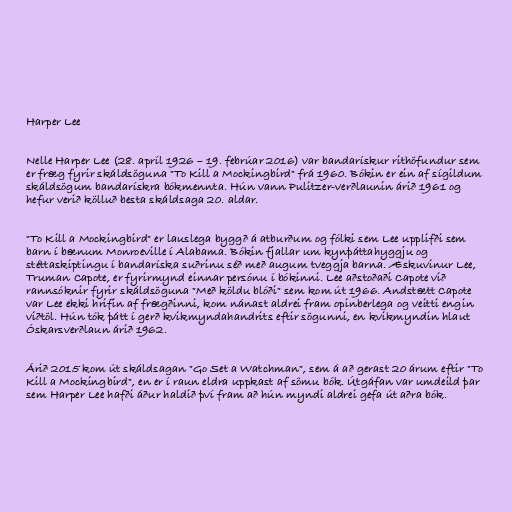
Harper Lee

Nelle Harper Lee (28. apríl 1926 – 19. febrúar 2016) var bandarískur rithöfundur sem
er fræg fyrir skáldsöguna "To Kill a Mockingbird" frá 1960. Bókin er ein af sígildum
skáldsögum bandarískra bókmennta. Hún vann Pulitzer-verðlaunin árið 1961 og
hefur verið kölluð besta skáldsaga 20. aldar.

"To Kill a Mockingbird" er lauslega byggð á atburðum og fólki sem Lee upplifði sem
barn í bænum Monroeville í Alabama. Bókin fjallar um kynþáttahyggju og
stéttaskiptingu í bandaríska suðrinu séð með augum tveggja barna. Æskuvinur Lee,
Truman Capote, er fyrirmynd einnar persónu í bókinni. Lee aðstoðaði Capote við
rannsóknir fyrir skáldsöguna "Með köldu blóði" sem kom út 1966. Andstætt Capote
var Lee ekki hrifin af frægðinni, kom nánast aldrei fram opinberlega og veitti engin
viðtöl. Hún tók þátt í gerð kvikmyndahandrits eftir sögunni, en kvikmyndin hlaut
Óskarsverðlaun árið 1962.

Árið 2015 kom út skáldsagan "Go Set a Watchman", sem á að gerast 20 árum eftir "To
Kill a Mockingbird", en er í raun eldra uppkast af sömu bók. Útgáfan var umdeild þar
sem Harper Lee hafði áður haldið því fram að hún myndi aldrei gefa út aðra bók.